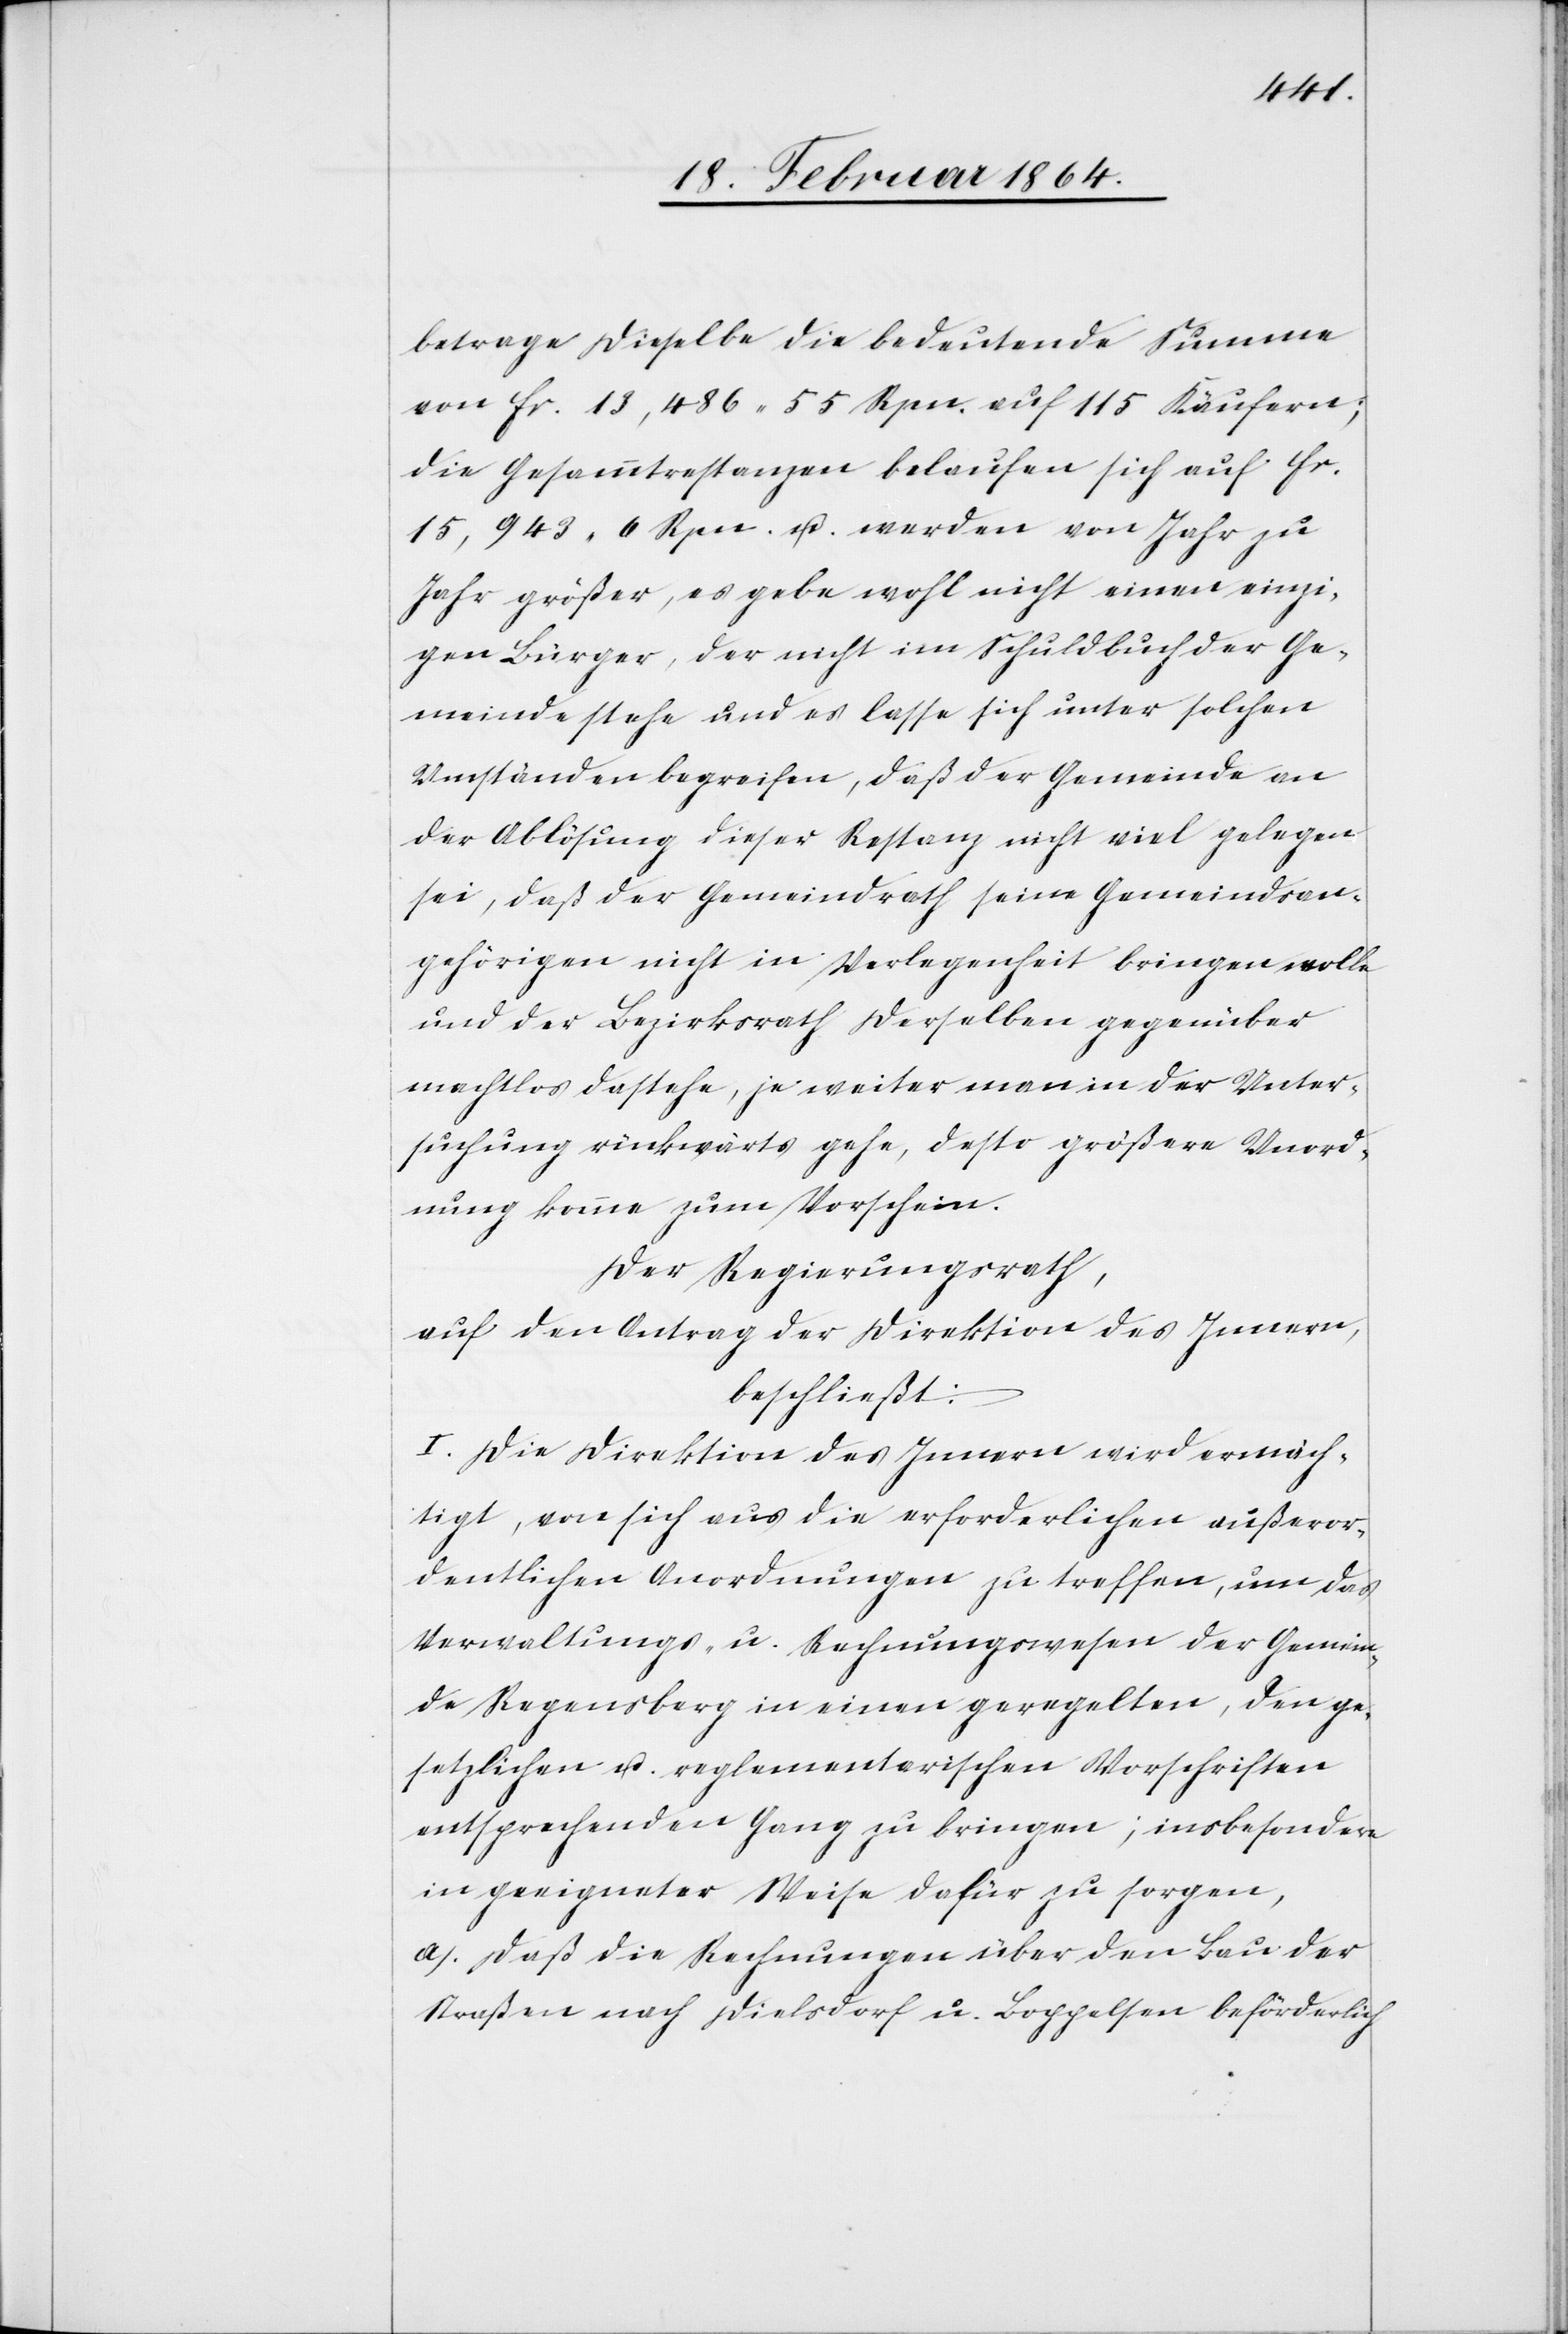
betrage dieselbe die bedeutende Summe
von fr. 13,486 55 Rpn. auf 115 Käufern;
die Gesammtrestanzen belaufen sich auf fr.
15,943 6 Rpn. u. werden von Jahr zu
Jahr größer, es gebe wohl nicht einen einzi¬
gen Bürger, der nicht im Schuldbuch der Ge¬
meinde stehe und es lasse sich unter solchen
Umständen begreifen, daß der Gemeinde an
der Ablösung dieser Restanz nicht viel gelegen
sei, daß der Gemeindrath seine Gemeindsan¬
gehörigen nicht in Verlegenheit bringen wolle
und der Bezirksrath derselben gegenüber
machtlos dastehe, je weiter man in der Unter¬
suchung rückwärts gehe, desto größere Unord¬
nung komme zum Vorschein.
Der Regierungsrath,
auf den Antrag der Direktion des Innern,
beschließt:
I. Die Direktion des Innern wird ermäch¬
tigt, von sich aus die erforderlichen außeror¬
dentlichen Anordnungen zu treffen, um das
Verwaltungs- u. Rechnungswesen der Gemein¬
de Regensberg in einen geregelten, den ge¬
setzlichen u. reglementarischen Vorschriften
entsprechenden Gang zu bringen; insbesondere
in geeigneter Weise dafür zu sorgen,
a.) Daß die Rechnungen über den Bau der
Straßen nach Dielsdorf u. Boppelsen beförderlich